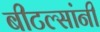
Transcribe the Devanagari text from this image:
बीटल्सांनी